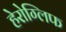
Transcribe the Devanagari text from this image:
हेरोग्लिफ